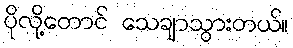
ပိုလို့တောင် သေချာသွားတယ်။